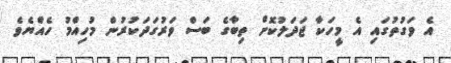
އެ ވަގުތުގައި އެ މީހަކާ ޖަދަލުކޮށް ތިބާގެ ބަސް ވަރުގަދަކުރުން މުހިއްމު ހެއްޔެވެ